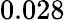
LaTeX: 0.028